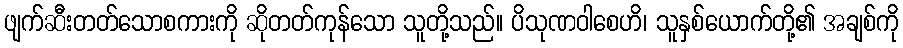
ဖျက်ဆီးတတ်သောစကားကို ဆိုတတ်ကုန်သော သူတို့သည်။ ပိသုဏဝါစေဟိ၊ သူနှစ်ယောက်တို့၏ အချစ်ကို